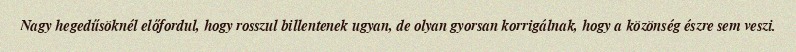
Nagy hegedűsöknél előfordul, hogy rosszul billentenek ugyan, de olyan gyorsan korrigálnak, hogy a közönség észre sem veszi.